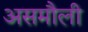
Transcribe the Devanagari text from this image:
असमौली